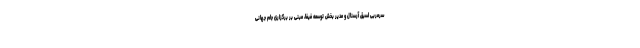
سرمربی اسبق آرسنال و مدیر بخش توسعه فیفا، مبنی بر برگزاری جام جهانی